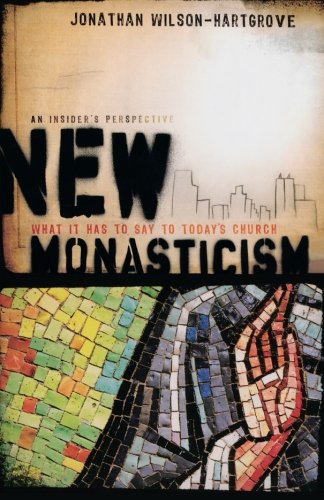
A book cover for New Monasticism: What It Has to Say to Today's Church; Jonathan Wilson-Hartgrove; Christian Books & Bibles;